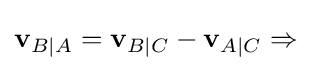
\mathbf {v} _{B\mid A}=\mathbf {v} _{B\mid C}-\mathbf {v} _{A\mid C}\Rightarrow